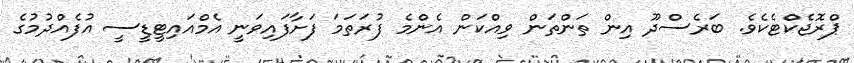
ޕްރޮޖެކްޓެކެވެ. ބަރެސްދޫ އިން ތަންތަން ވިއްކަން އެންމެ ފުރަތަމަ ފަށާފައިވަނީ އެމްއައިޓީޑީސީ އުފެއްދުމުގެ